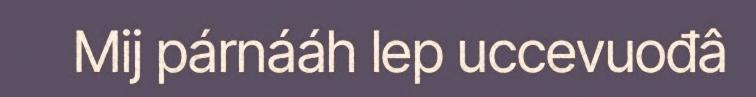
Mij párnááh lep uccevuođâ